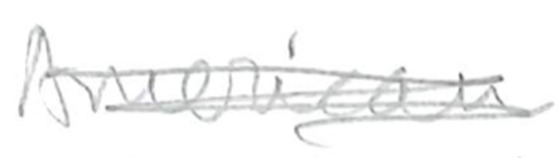
Text: American
Cross-out: scratch
Writing tool: pencil